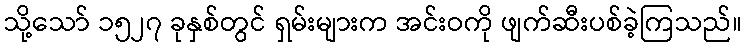
သို့သော် ၁၅၂၇ ခုနှစ်တွင် ရှမ်းများက အင်းဝကို ဖျက်ဆီးပစ်ခဲ့ကြသည်။